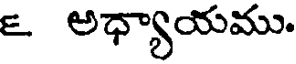
౬ అధ్యాయము.